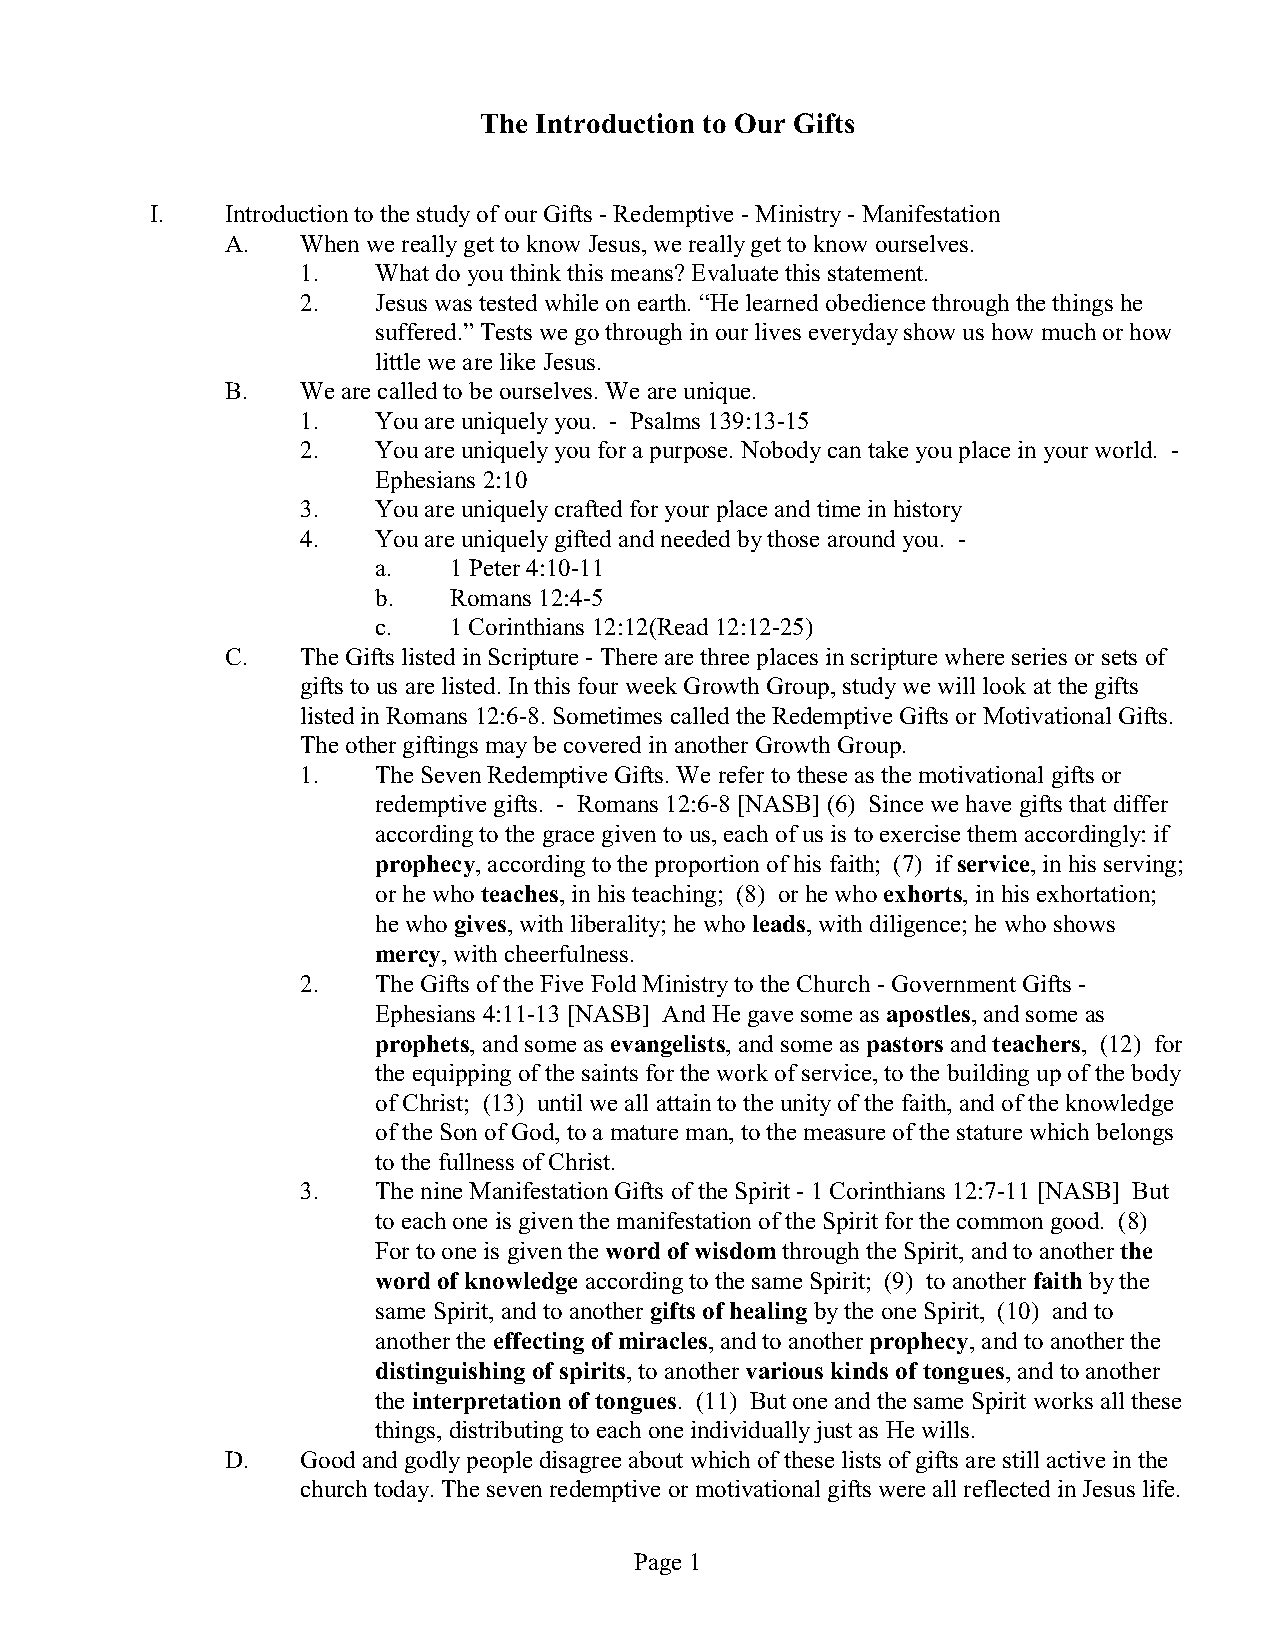
The Introduction to Our Gifts
 I.   Introduction to the study of our Gifts - Redemptive - Ministry - Manifestation
 A.   When we really get to know Jesus, we really get to know ourselves.
 1.   What do you think this means? Evaluate this statement.
 2.   Jesus was tested while on earth. “He learned obedience through the things he
 suffered.” Tests we go through in our lives everyday show us how much or how
 little we are like Jesus.
 B.   We are called to be ourselves. We are unique.
 1.   You are uniquely you. - Psalms 139:13-15
 2.   You are uniquely you for a purpose. Nobody can take you place in your world. -
 Ephesians 2:10
 3.   You are uniquely crafted for your place and time in history
 4.   You are uniquely gifted and needed by those around you. -
 a.   1 Peter 4:10-11
 b.   Romans 12:4-5
 c.   1 Corinthians 12:12(Read 12:12-25)
 C.   The Gifts listed in Scripture - There are three places in scripture where series or sets of
 gifts to us are listed. In this four week Growth Group, study we will look at the gifts
 listed in Romans 12:6-8. Sometimes called the Redemptive Gifts or Motivational Gifts.
 The other giftings may be covered in another Growth Group.
 1.   The Seven Redemptive Gifts. We refer to these as the motivational gifts or
 redemptive gifts. - Romans 12:6-8 [NASB] (6) Since we have gifts that differ
 according to the grace given to us, each of us is to exercise them accordingly: if
 prophecy, according to the proportion of his faith; (7) if service, in his serving;
 or he who teaches, in his teaching; (8) or he who exhorts, in his exhortation;
 he who gives, with liberality; he who leads, with diligence; he who shows
 mercy, with cheerfulness.
 2.   The Gifts of the Five Fold Ministry to the Church - Government Gifts -
 Ephesians 4:11-13 [NASB] And He gave some as apostles, and some as
 prophets, and some as evangelists, and some as pastors and teachers, (12) for
 the equipping of the saints for the work of service, to the building up of the body
 of Christ; (13) until we all attain to the unity of the faith, and of the knowledge
 of the Son of God, to a mature man, to the measure of the stature which belongs
 to the fullness of Christ.
 3.   The nine Manifestation Gifts of the Spirit - 1 Corinthians 12:7-11 [NASB] But
 to each one is given the manifestation of the Spirit for the common good. (8)
 For to one is given the word of wisdom through the Spirit, and to another the
 word of knowledge according to the same Spirit; (9) to another faith by the
 same Spirit, and to another gifts of healing by the one Spirit, (10) and to
 another the effecting of miracles, and to another prophecy, and to another the
 distinguishing of spirits, to another various kinds of tongues, and to another
 the interpretation of tongues. (11) But one and the same Spirit works all these
 things, distributing to each one individually just as He wills.
 D.   Good and godly people disagree about which of these lists of gifts are still active in the
 church today. The seven redemptive or motivational gifts were all reflected in Jesus life.
 Page 1